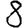
Digit: 8